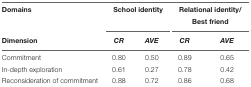
| Domains | <COLSPAN=2> School identity | <COLSPAN=2> Relational identity/Best friend |
 | Dimension | CR | AVE | CR | AVE |
 | --- | --- | --- | --- | --- |
 | Commitment | 0.80 | 0.50 | 0.89 | 0.65 |
 | In-depth exploration | 0.61 | 0.27 | 0.78 | 0.42 |
 | Reconsideration of commitment | 0.88 | 0.72 | 0.86 | 0.68 |